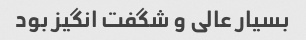
بسیار عالی و شگفت انگیز بود